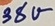
Text: 38V